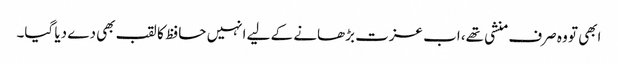
ابھی تو وہ صرف منشی تھے، اب عزت بڑھانے کے لیے انہیں حافظ کا لقب بھی دے دیا گیا۔